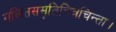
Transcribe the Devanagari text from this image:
गलितसंसृतिचित्रचिन्ता।